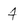
Character: 4